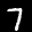
Label: 7